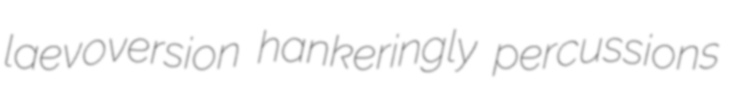
laevoversion hankeringly percussions